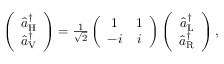
\begin{array} { r } { \left( \begin{array} { c } { \hat { a } _ { \mathrm { H } } ^ { \dagger } } \\ { \hat { a } _ { \mathrm { V } } ^ { \dagger } } \end{array} \right) = \frac { 1 } { \sqrt { 2 } } \left( \begin{array} { c c } { 1 } & { 1 } \\ { - i } & { i } \end{array} \right) \left( \begin{array} { c } { \hat { a } _ { \mathrm { L } } ^ { \dagger } } \\ { \hat { a } _ { \mathrm { R } } ^ { \dagger } } \end{array} \right) , } \end{array}